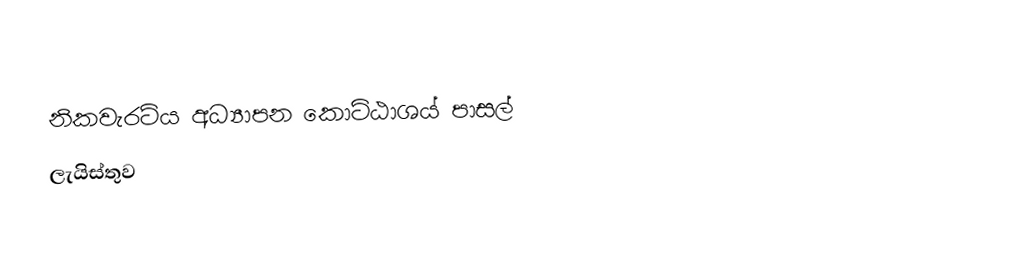
නිකවැරටිය අධ්‍යාපන කොට්ඨාශය් පාසල්
ලැයිස්තුව